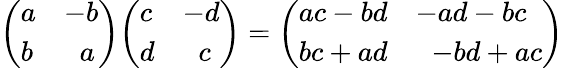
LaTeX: {\left(\begin{array}{ll}{a}&{-b}\\ {b}&{\; \; a}\end{array}\right)}{\left(\begin{array}{ll}{c}&{-d}\\ {d}&{\; \; c}\end{array}\right)}={\left(\begin{array}{ll}{ac-bd}&{-ad-bc}\\ {bc+ad}&{\; \; -bd+ac}\end{array}\right)}